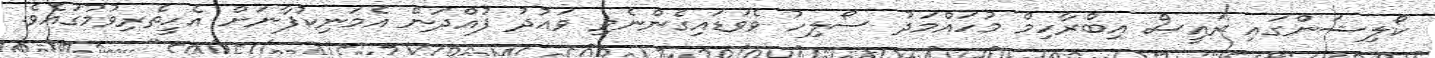
ކޯލިޝަންގައި ރައީސް އިބްރާހިމް މުހައްމަދު ސޯލިހު ވެވަޑައިގެންނެވި ވައުުދު ފުއްދަން އެމަނިކުފާނަށް އެހީތެރިވުމުގައެވެ.